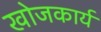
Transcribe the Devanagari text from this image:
खोजकार्य